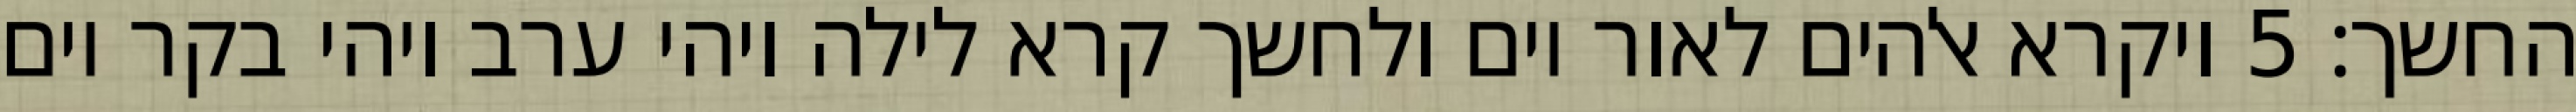
החשך׃ ‎5‏ ויקרא אלהים לאור יום ולחשך קרא לילה ויהי ערב ויהי בקר יום